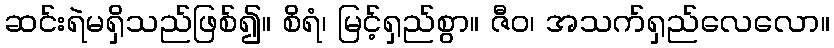
ဆင်းရဲမရှိသည်ဖြစ်၍။ စိရံ၊ မြင့်ရှည်စွာ။ ဇီဝ၊ အသက်ရှည်လေလော။